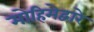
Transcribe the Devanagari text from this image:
मोहिमेद्वारे